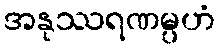
အနုဿရဏမ္ပဟံ